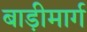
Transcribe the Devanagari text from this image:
बाड़ीमार्ग